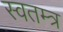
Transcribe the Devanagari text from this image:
स्वतम्त्र